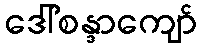
ဒေါ်စန္ဒာကျော်